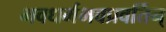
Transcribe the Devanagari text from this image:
भवधर्मभवप्रवर्तिन्